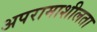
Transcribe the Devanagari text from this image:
अपरामाशीलता